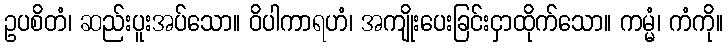
ဥပစိတံ၊ ဆည်းပူးအပ်သော။ ဝိပါကာရဟံ၊ အကျိုးပေးခြင်းငှာထိုက်သော။ ကမ္မံ၊ ကံကို။